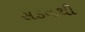
સડનથી